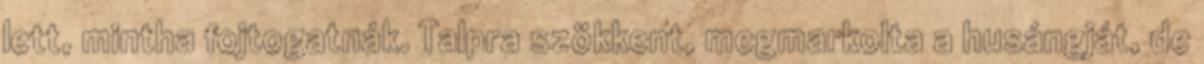
lett, mintha fojtogatnák. Talpra szökkent, megmarkolta a husángját, de